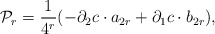
\begin{align*}{\cal P}_{r}=\frac{1}{4^{r}}(-\partial _{2}c \cdot a_{2r}+ \partial _{1}c \cdot b_{2r}),\end{align*}